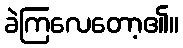
ခဲကြလေတော့၏။